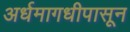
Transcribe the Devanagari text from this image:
अर्धमागधीपासून